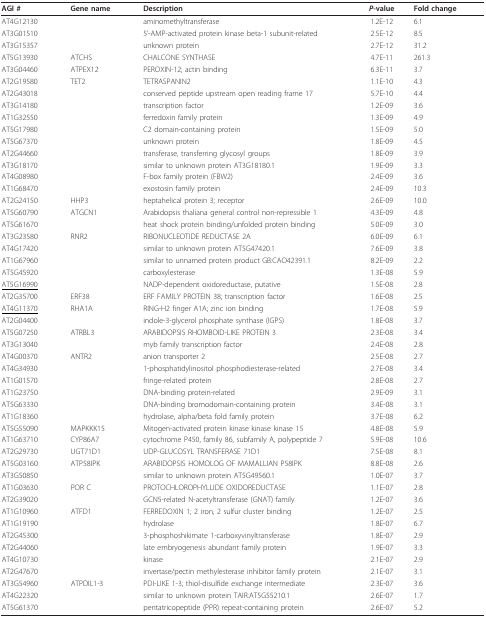
<table><thead><tr><td><b>AGI #</b></td><td><b>Gene name</b></td><td><b>Description</b></td><td><b><i>P</i>-value</b></td><td><b>Fold change</b></td></tr></thead><tbody><tr><td>AT4G12130</td><td></td><td>aminomethyltransferase</td><td>1.2E-12</td><td>6.1</td></tr><tr><td>AT3G01510</td><td></td><td>5&#x27;-AMP-activated protein kinase beta-1 subunit-related</td><td>2.5E-12</td><td>8.5</td></tr><tr><td>AT3G15357</td><td></td><td>unknown protein</td><td>2.7E-12</td><td>31.2</td></tr><tr><td>AT5G13930</td><td>ATCHS</td><td>CHALCONE SYNTHASE</td><td>4.7E-11</td><td>261.3</td></tr><tr><td>AT3G04460</td><td>ATPEX12</td><td>PEROXIN-12; actin binding</td><td>6.3E-11</td><td>3.7</td></tr><tr><td>AT2G19580</td><td>TET2</td><td>TETRASPANIN2</td><td>1.1E-10</td><td>4.3</td></tr><tr><td>AT2G43018</td><td></td><td>conserved peptide upstream open reading frame 17</td><td>5.7E-10</td><td>4.4</td></tr><tr><td>AT3G14180</td><td></td><td>transcription factor</td><td>1.2E-09</td><td>3.6</td></tr><tr><td>AT1G32550</td><td></td><td>ferredoxin family protein</td><td>1.3E-09</td><td>4.9</td></tr><tr><td>AT5G17980</td><td></td><td>C2 domain-containing protein</td><td>1.5E-09</td><td>5.0</td></tr><tr><td>AT5G67370</td><td></td><td>unknown protein</td><td>1.8E-09</td><td>4.5</td></tr><tr><td>AT2G44660</td><td></td><td>transferase, transferring glycosyl groups</td><td>1.8E-09</td><td>3.9</td></tr><tr><td>AT3G18170</td><td></td><td>similar to unknown protein AT3G18180.1</td><td>1.9E-09</td><td>3.3</td></tr><tr><td>AT4G08980</td><td></td><td>F-box family protein (FBW2)</td><td>2.4E-09</td><td>3.6</td></tr><tr><td>AT1G68470</td><td></td><td>exostosin family protein</td><td>2.4E-09</td><td>10.3</td></tr><tr><td>AT2G24150</td><td>HHP3</td><td>heptahelical protein 3; receptor</td><td>2.6E-09</td><td>10.0</td></tr><tr><td>AT5G60790</td><td>ATGCN1</td><td>Arabidopsis thaliana general control non-repressible 1</td><td>4.3E-09</td><td>4.8</td></tr><tr><td>AT5G61670</td><td></td><td>heat shock protein binding/unfolded protein binding</td><td>5.0E-09</td><td>3.0</td></tr><tr><td>AT3G23580</td><td>RNR2</td><td>RIBONUCLEOTIDE REDUCTASE 2A</td><td>6.0E-09</td><td>6.1</td></tr><tr><td>AT4G17420</td><td></td><td>similar to unknown protein AT5G47420.1</td><td>7.6E-09</td><td>3.8</td></tr><tr><td>AT1G67960</td><td></td><td>similar to unnamed protein product GB:CAO42391.1</td><td>8.2E-09</td><td>2.2</td></tr><tr><td>AT5G45920</td><td></td><td>carboxylesterase</td><td>1.3E-08</td><td>5.9</td></tr><tr><td><underline>AT5G16990</underline></td><td></td><td>NADP-dependent oxidoreductase, putative</td><td>1.5E-08</td><td>2.8</td></tr><tr><td>AT2G35700</td><td>ERF38</td><td>ERF FAMILY PROTEIN 38; transcription factor</td><td>1.6E-08</td><td>2.5</td></tr><tr><td><underline>AT4G11370</underline></td><td>RHA1A</td><td>RING-H2 finger A1A; zinc ion binding</td><td>1.7E-08</td><td>5.9</td></tr><tr><td>AT2G04400</td><td></td><td>indole-3-glycerol phosphate synthase (IGPS)</td><td>1.8E-08</td><td>3.7</td></tr><tr><td>AT5G07250</td><td>ATRBL3</td><td>ARABIDOPSIS RHOMBOID-LIKE PROTEIN 3</td><td>2.3E-08</td><td>3.4</td></tr><tr><td>AT3G13040</td><td></td><td>myb family transcription factor</td><td>2.4E-08</td><td>2.8</td></tr><tr><td>AT4G00370</td><td>ANTR2</td><td>anion transporter 2</td><td>2.5E-08</td><td>2.7</td></tr><tr><td>AT4G34930</td><td></td><td>1-phosphatidylinositol phosphodiesterase-related</td><td>2.7E-08</td><td>3.4</td></tr><tr><td>AT1G01570</td><td></td><td>fringe-related protein</td><td>2.8E-08</td><td>2.7</td></tr><tr><td>AT1G23750</td><td></td><td>DNA-binding protein-related</td><td>2.9E-09</td><td>3.1</td></tr><tr><td>AT5G63330</td><td></td><td>DNA-binding bromodomain-containing protein</td><td>3.4E-08</td><td>3.1</td></tr><tr><td>AT1G18360</td><td></td><td>hydrolase, alpha/beta fold family protein</td><td>3.7E-08</td><td>6.2</td></tr><tr><td>AT5G55090</td><td>MAPKKK15</td><td>Mitogen-activated protein kinase kinase kinase 15</td><td>4.8E-08</td><td>5.9</td></tr><tr><td>AT1G63710</td><td>CYP86A7</td><td>cytochrome P450, family 86, subfamily A, polypeptide 7</td><td>5.9E-08</td><td>10.6</td></tr><tr><td>AT2G29730</td><td>UGT71D1</td><td>UDP-GLUCOSYL TRANSFERASE 71D1</td><td>7.5E-08</td><td>8.1</td></tr><tr><td>AT5G03160</td><td>ATP58IPK</td><td>ARABIDOPSIS HOMOLOG OF MAMALLIAN P58IPK</td><td>8.8E-08</td><td>2.6</td></tr><tr><td>AT3G50850</td><td></td><td>similar to unknown protein AT5G49560.1</td><td>1.0E-07</td><td>3.7</td></tr><tr><td>AT1G03630</td><td>POR C</td><td>PROTOCHLOROPHYLLIDE OXIDOREDUCTASE</td><td>1.1E-07</td><td>2.8</td></tr><tr><td>AT2G39020</td><td></td><td>GCN5-related N-acetyltransferase (GNAT) family</td><td>1.2E-07</td><td>3.6</td></tr><tr><td>AT1G10960</td><td>ATFD1</td><td>FERREDOXIN 1; 2 iron, 2 sulfur cluster binding</td><td>1.2E-07</td><td>2.5</td></tr><tr><td>AT1G19190</td><td></td><td>hydrolase</td><td>1.8E-07</td><td>6.7</td></tr><tr><td>AT2G45300</td><td></td><td>3-phosphoshikimate 1-carboxyvinyltransferase</td><td>1.8E-07</td><td>2.9</td></tr><tr><td>AT2G44060</td><td></td><td>late embryogenesis abundant family protein</td><td>1.9E-07</td><td>3.3</td></tr><tr><td>AT4G10730</td><td></td><td>kinase</td><td>2.1E-07</td><td>2.9</td></tr><tr><td>AT2G47670</td><td></td><td>invertase/pectin methylesterase inhibitor family protein</td><td>2.1E-07</td><td>3.1</td></tr><tr><td>AT3G54960</td><td>ATPDIL1-3</td><td>PDI-LIKE 1-3; thiol-disulfide exchange intermediate</td><td>2.3E-07</td><td>3.6</td></tr><tr><td>AT4G22320</td><td></td><td>similar to unknown protein TAIR:AT5G55210.1</td><td>2.6E-07</td><td>1.7</td></tr><tr><td>AT5G61370</td><td></td><td>pentatricopeptide (PPR) repeat-containing protein</td><td>2.6E-07</td><td>5.2</td></tr></tbody></table>